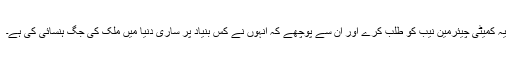
یہ کمیٹی چیئرمین نیب کو طلب کرے اور ان سے پوچھے کہ انہوں نے کس بنیاد پر ساری دنیا میں ملک کی جگ ہنسائی کی ہے۔